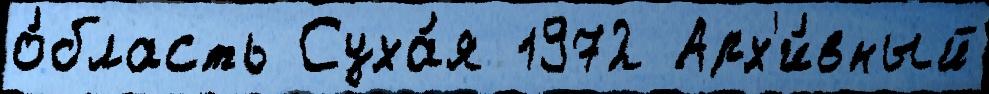
о́бласть Суха́я 1972 Арх'и́вный